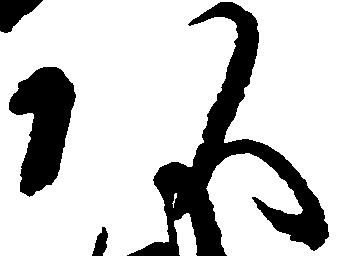
頭